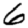
Digit: 6